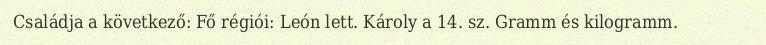
Családja a következő: Fő régiói: León lett. Károly a 14. sz. Gramm és kilogramm.